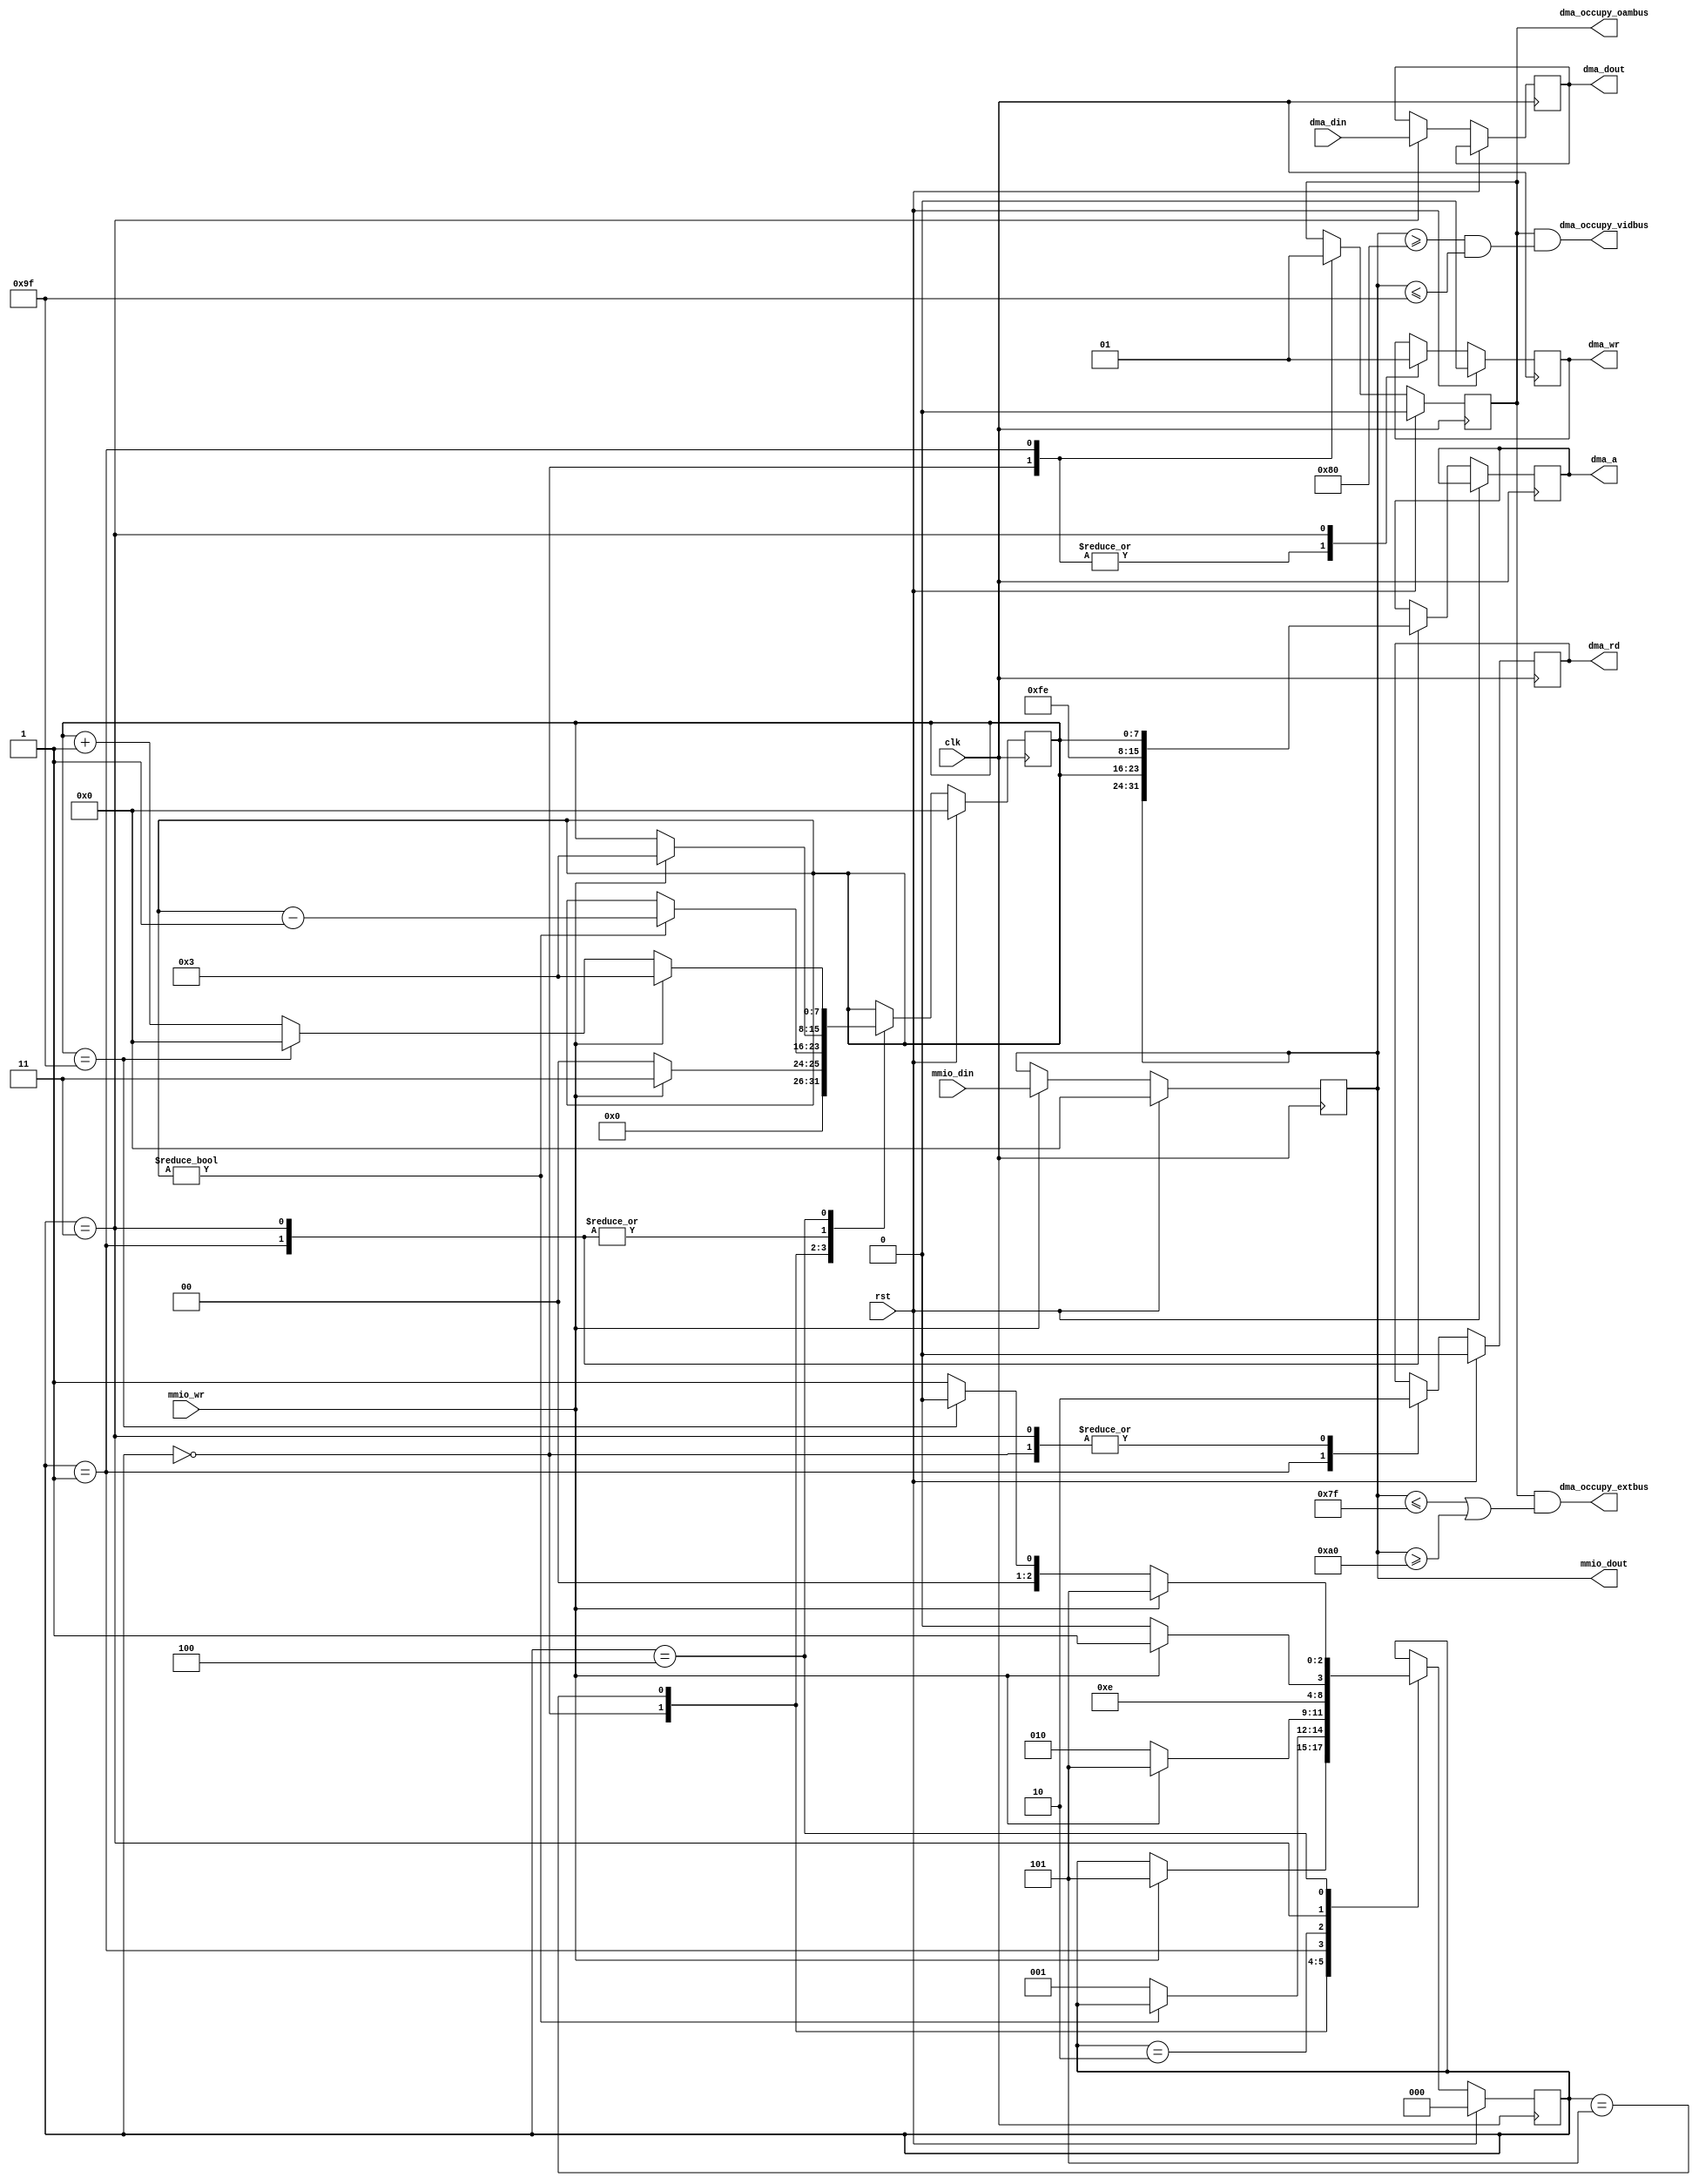
`timescale 1ns / 1ns
/**
 * Block transfer unit for the GB80 CPU.
 *
 * Original Author: Joseph Carlos (jdcarlos1@gmail.com)
 * Modified: Wenting Zhang (zephray@outlook.com)
 */

/**
 * The DMA unit.
 *
 * Contains the DMA register and performs DMA transfers when the register is
 * written to. Each transfer takes 320 cycles rather than the canon 640, this
 * is because there's no reason to take 640.
 *
 * @inout addr_ext The address bus.
 * @inout data_ext The data bus.
 * @output dma_transfer 1 if a transfer is occurring, 0 otherwise.
 * @input mem_re 1 if the processor is reading from memory.
 * @input mem_we 1 if the processor is writing to memory.
 * @input clock The CPU clock.
 * @input reset The CPU reset.
 */
module dma(
    input  wire        clk,
    //input  wire        phi,
    input  wire        rst,
    output reg         dma_rd,
    output reg         dma_wr,
    //output wire        dma_rd_comb,
    //output wire        dma_wr_comb,
    output reg  [15:0] dma_a,
    input  wire [7:0]  dma_din,
    output reg  [7:0]  dma_dout,
    input  wire        mmio_wr,
    input  wire [7:0]  mmio_din,
    output wire [7:0]  mmio_dout,
    output wire        dma_occupy_extbus,
    output wire        dma_occupy_vidbus,
    output wire        dma_occupy_oambus
    );

    // DMA data blocks /////////////////////////////////////////////////////////

    reg [7:0]    dma_start_addr;
    reg [7:0]    count;

    assign mmio_dout = dma_start_addr;

    reg cpu_mem_disable;

    assign dma_occupy_extbus = cpu_mem_disable &
            ((dma_start_addr <= 8'h7f) || (dma_start_addr >= 8'ha0));
    assign dma_occupy_vidbus = cpu_mem_disable &
            ((dma_start_addr >= 8'h80) && (dma_start_addr <= 8'h9f));
    assign dma_occupy_oambus = cpu_mem_disable;

   // DMA transfer logic //////////////////////////////////////////////////////

    localparam DMA_IDLE = 'd0;
    localparam DMA_TRANSFER_READ_ADDR  = 'd1;
    localparam DMA_TRANSFER_READ_DATA  = 'd2;
    localparam DMA_TRANSFER_WRITE_DATA = 'd3;
    localparam DMA_TRANSFER_WRITE_WAIT = 'd4;
    localparam DMA_DELAY = 'd5;

    reg [2:0] state;

    always @(posedge clk) begin
        if (rst) begin
            dma_start_addr <= 8'h00;
        end
        else begin
            if (mmio_wr) begin
                // Writing is always valid regardless of the state
                dma_start_addr <= mmio_din;
            end
        end
    end

    always @(posedge clk) begin
        if (rst) begin
            state <= DMA_IDLE;
            count <= 8'd0;
            dma_wr <= 1'b0;
            dma_rd <= 1'b0;
            cpu_mem_disable <= 1'b0;
        end
        else begin
            case (state)
            DMA_IDLE: begin
                dma_wr <= 1'b0;
                dma_rd <= 1'b0;
                cpu_mem_disable <= 1'b0;
                if (mmio_wr) begin
                    // Transfer starts on next cycle
                    state <= DMA_DELAY;
                    count <= 8'd3; // Delay before start
                end
                else
                    count <= 8'd0;
            end
            DMA_DELAY: begin
                if (count != 8'd0) begin
                    count <= count - 1;
                end
                else begin
                    state <= DMA_TRANSFER_READ_ADDR;
                end
            end
            DMA_TRANSFER_READ_ADDR: begin
                dma_wr <= 1'b0;
                cpu_mem_disable <= 1'b1;
                // Load the temp register with data from memory
                dma_a <= {dma_start_addr, count}; // Output read address
                dma_rd <= 1'b1;
                if (mmio_wr) begin // Allow re-triggering
                    state <= DMA_DELAY;
                    count <= 8'd3; // Delay before start
                end
                else
                    state <= DMA_TRANSFER_READ_DATA;
            end
            DMA_TRANSFER_READ_DATA: begin
                state <= DMA_TRANSFER_WRITE_DATA;
                // Basically wait
            end
            DMA_TRANSFER_WRITE_DATA: begin
                // Read data
                dma_dout <= dma_din;
                dma_rd <= 1'b0;
                // Write the temp register to memory
                dma_a <= {8'hfe, count}; // Output write address
                dma_wr <= 1'b1;
                if (mmio_wr) begin // Allow re-triggering
                    state <= DMA_DELAY;
                    count <= 8'd3; // Delay before start
                end
                else
                    state <= DMA_TRANSFER_WRITE_WAIT;
            end
            DMA_TRANSFER_WRITE_WAIT: begin
                // Wait
                if (mmio_wr) begin // Allow re-triggering
                    state <= DMA_DELAY;
                    count <= 8'd3; // Delay before start
                end
                else
                if (count == 8'h9f) begin
                    state <= DMA_IDLE;
                    count <= 8'd0;
                end
                else begin
                    state <= DMA_TRANSFER_READ_ADDR;
                    count <= count + 8'd1;
                end
            end
            default: begin
            end
            endcase
        end
    end

endmodule // dma